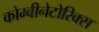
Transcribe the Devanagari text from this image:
कोम्बीनेटोरिक्स